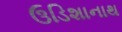
ઉડિશાનાથ